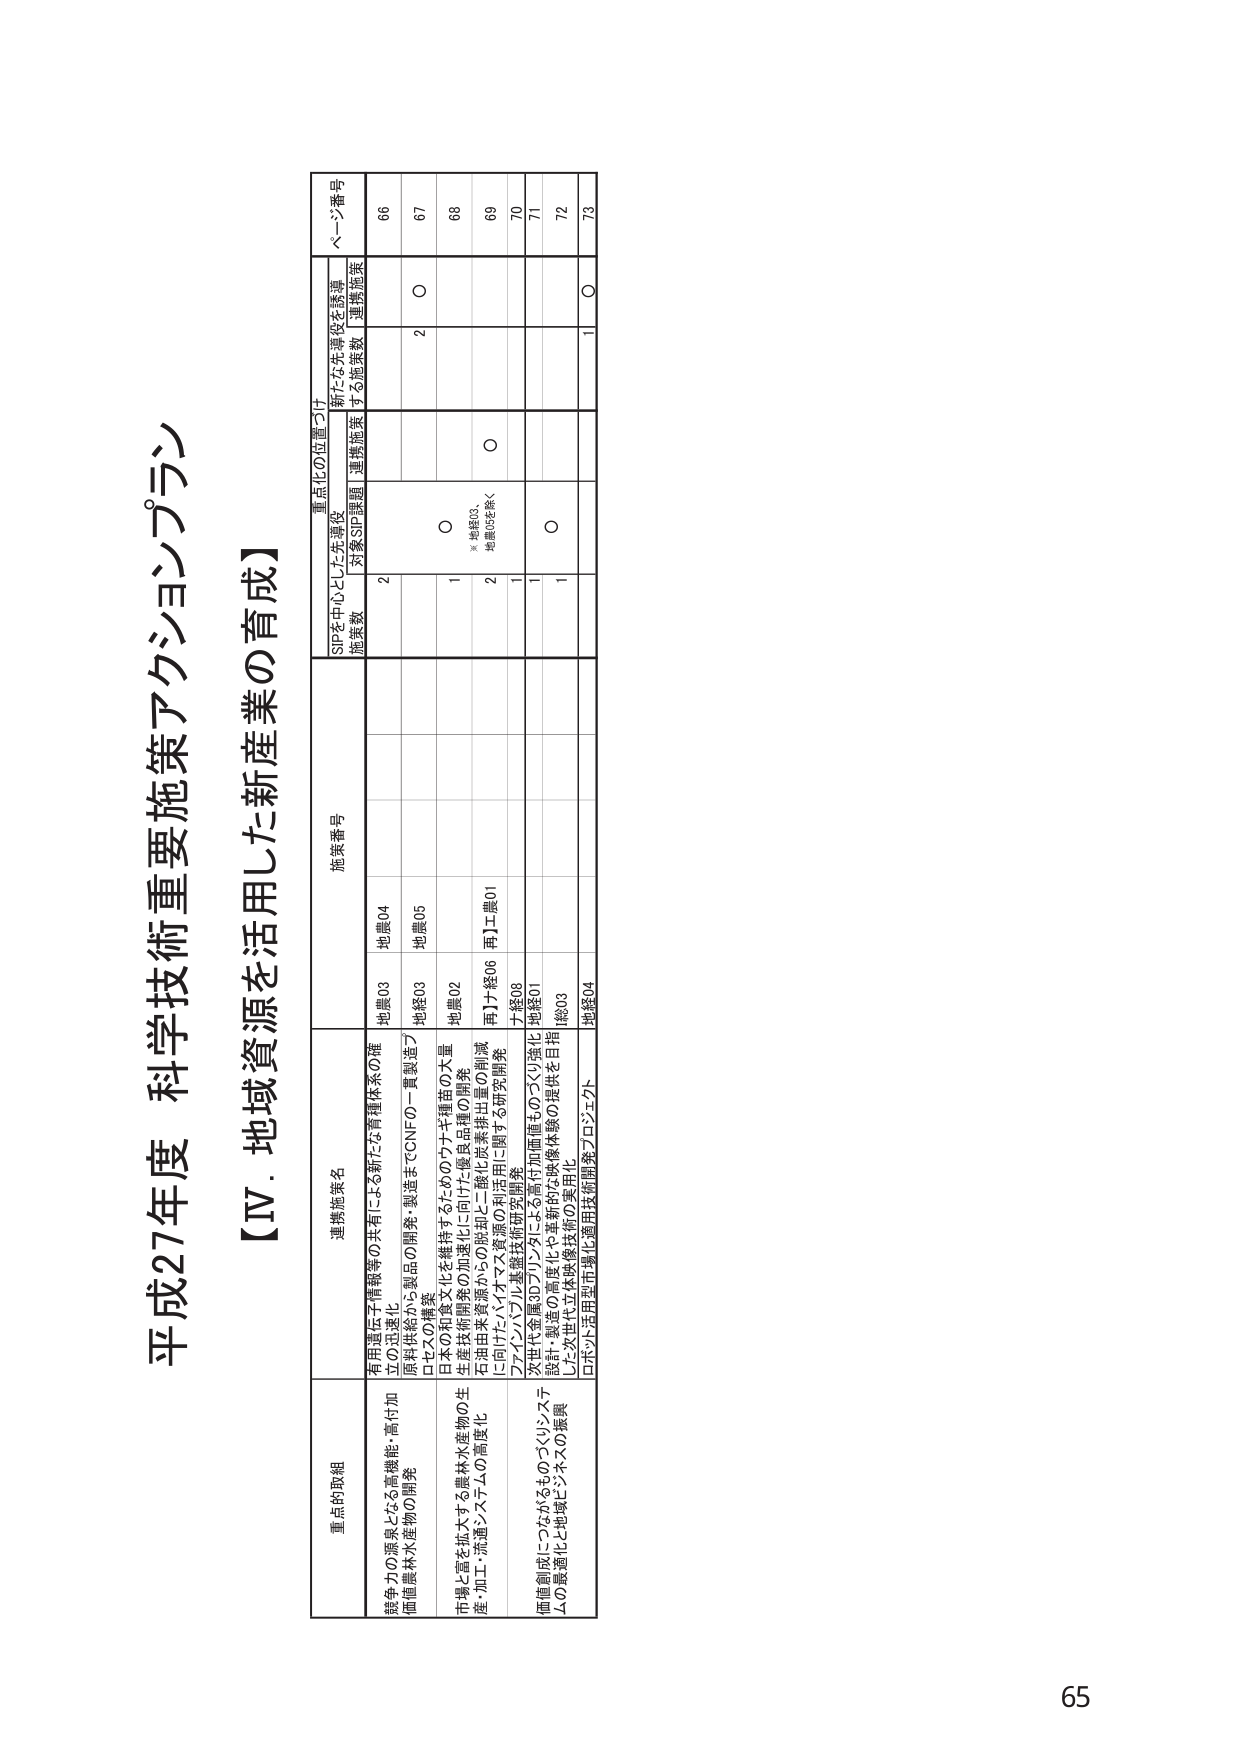
平成27年度 科学技術重要施策アクションプラン

【Ⅳ．地域資源を活用した新産業の育成】

重点的取組
連携施策名
施策番号
重点化の位置づけ
ページ番号

SIPを中心とした先導役
施策数
対象SIP課題
連携施策
新たな先導役を誘導
する施策数
連携施策

競争力の源泉となる高機能・高付加価値農林水産物の開発
有用遺伝子情報等の共有による新たな管理体制の確立の迅速化
地農03
地農04
2
66
原料供給から製品の開発・製造までCNFの一貫製造プロセスの構築
地経03
地農05
2
〇
67

市場と需を拡大する農林水産物の生産・加工・流通システムの高度化
日本の和食文化を維持するためのウナギ種苗の大量生産や飼育系の加速化に向けた優良品種の開発
地農02
〇
※地経03、地農05を除く
68
石垣日本資源からの脱却に二酸化炭素排出量の削減に向けたバイオマス資源の利活用に関する研究開発
再】ナ経06 再】工農01
2
〇
69
ファインバブル基盤技術研究開発
ナ経08
1
70

価値創出につながるものづくりシステムの最適化と地域ビジネスの振興
次世代金属3Dプリンタによる高付加価値ものづくり強化
地経01
1
71
設計・製造の高度化や革新的な映像体験の提供を目指した次世代立体映像技術の実用化
地経03
1
〇
72
ロボット活用型市場化適用技術開発プロジェクト
地経04
1
〇
73

65